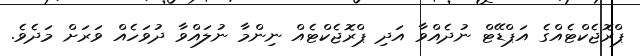
ޕްރޮޖެކްޓެއްގެ އަޕްޑޭޓް ނުދެއްވާ އަދި ޕްރޮޖެކްޓެއް ނިންމާ ނުލައްވާ ދުވަހެއް ވަރަށް މަދެވެ.